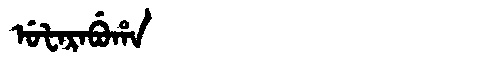
Manchu: ᡠᡶᠠᡵᠠᠪᡠᡥᠠ
Romanization: UFARABUHA